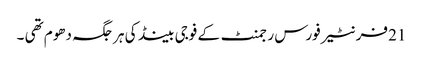
21 فرنٹیر فورس رجمنٹ کے فوجی بینڈ کی ہر جگہ دھوم تھی ۔